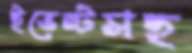
ইভেন্টসহ